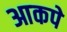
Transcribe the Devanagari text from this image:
आकपे